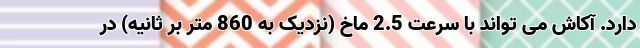
دارد. آکاش می تواند با سرعت 2.5 ماخ (نزدیک به 860 متر بر ثانیه) در